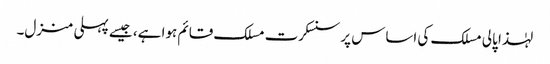
لہٰذا پالی مسلک کی اساس پر سنسکرت مسلک قائم ہوا ہے، جیسے پہلی منزل۔